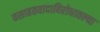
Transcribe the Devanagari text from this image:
वसाहतवादाविरोधातल्या